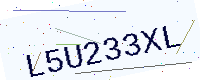
Text: L5U233XL